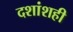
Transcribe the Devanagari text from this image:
दशांशही